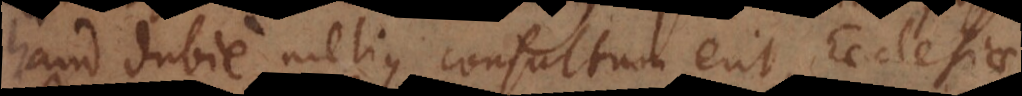
haud dubie melius consultum erit Ecclesiae,